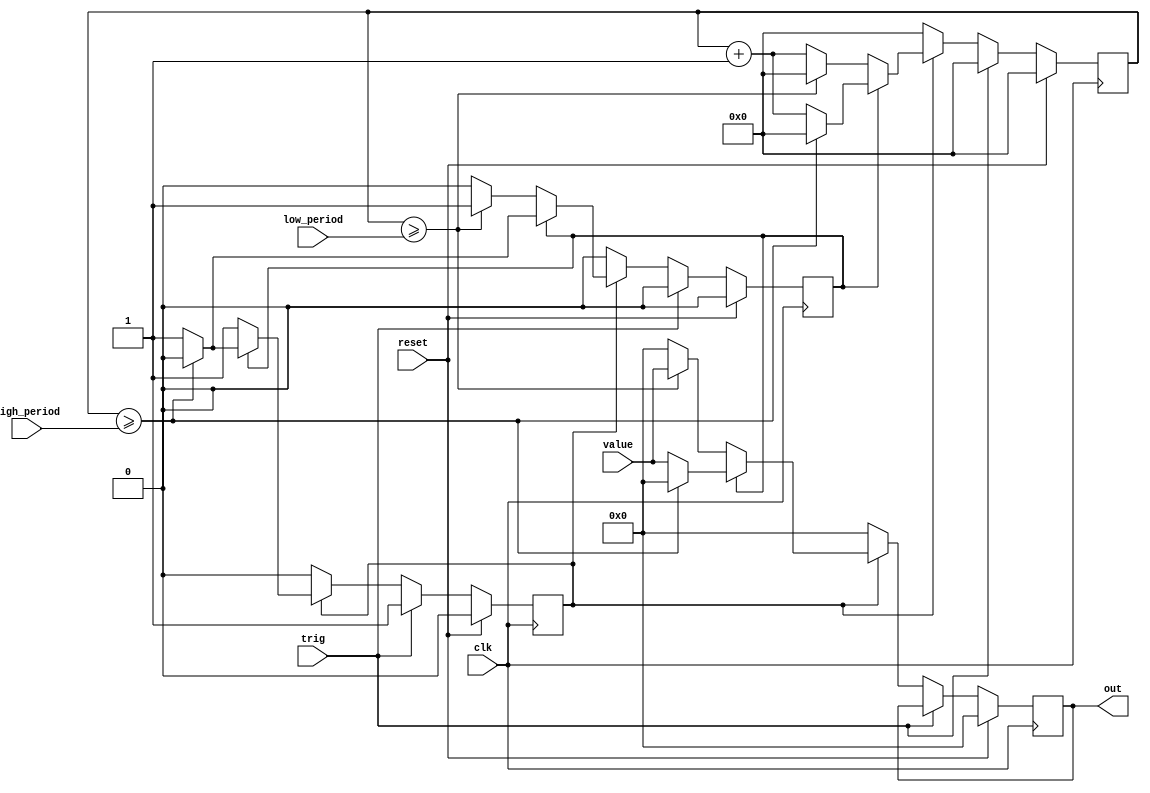
`timescale 1ns/1ns

//Implements a parameterized pulse generator

module pulse_gen #(parameter OUTPUT_WIDTH = 16) (
    input clk,
    input reset,
    input trig,
    input [31:0] low_period,
    input [31:0] high_period,
    input [OUTPUT_WIDTH-1:0] value,
    output reg [OUTPUT_WIDTH-1:0] out
    );

    reg running;
    reg level;
    reg [31:0] count;
    always @ (posedge clk) begin
        if (reset) begin
            out <= {OUTPUT_WIDTH{1'b0}};
            level <= 1'b0;
            running <= 1'b0;
            count <= 32'b0;
        end else begin
            if (trig) begin
                level <= 1'b0;
                running <= 1'b1;
                count <= 32'b0;
            end else if (running) begin
                if (!level) begin //low period
                    if (count >= low_period) begin
                        level <= 1'b1;
                        count <= 32'b0;
                        out <= value;
                    end else begin
                        level <= 1'b0;
                        count <= count + 32'b1;
                        out <= {OUTPUT_WIDTH{1'b0}};
                    end
                    running <= 1'b1;
                end else begin
                    if (count >= high_period) begin
                        level <= 1'b0;
                        count <= 32'b0;
                        out <= {OUTPUT_WIDTH{1'b0}};
                        running <= 1'b0;
                    end else begin
                        level <= 1'b1;
                        count <= count + 32'b1;
                        out <= value;
                        running <= 1'b1;
                    end
                end
            end else begin
                level <= 1'b0;
                out <= {OUTPUT_WIDTH{1'b0}};
                count <= 32'b0;
                running <= 1'b0;
            end
        end
    end

endmodule